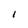
Character: I